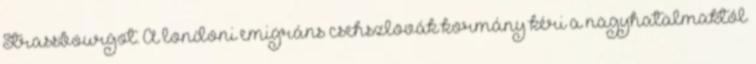
Strassbourgot. A londoni emigráns csehszlovák kormány kéri a nagyhatalmaktól